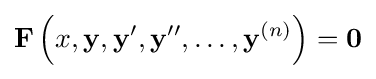
\mathbf {F} \left(x,\mathbf {y} ,\mathbf {y} ',\mathbf {y} '',\ldots ,\mathbf {y} ^{(n)}\right)={\boldsymbol {0}}